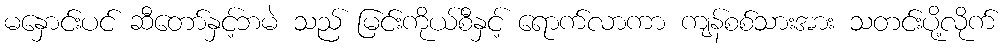
မနှောင်းပင် ဆီတော်နှင့်ဘမဲ သည် မြင်းကိုယ်စီနှင့် ရောက်လာကာ ကျန်စစ်သားအား သတင်းပို့လိုက်